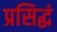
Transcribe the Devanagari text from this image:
प्रसिद्धं